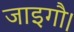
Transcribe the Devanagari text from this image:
जाइगौ।